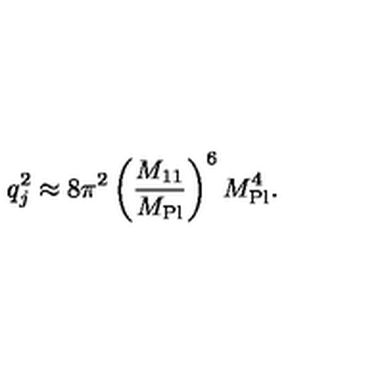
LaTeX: q _ { j } ^ { 2 } \approx 8 \pi ^ { 2 } \left( \frac { M _ { 1 1 } } { M _ { \mathrm { P l } } } \right) ^ { 6 } M _ { \mathrm { P l } } ^ { 4 } .